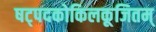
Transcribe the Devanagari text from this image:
षट्पदकोकिलकूजितम्